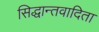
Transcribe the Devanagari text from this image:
सिद्धान्तवादिता